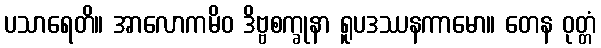
ပသာရေတိ။ အာလောကမိဝ ဒိဗ္ဗစက္ခုနာ ရူပဒဿနကာမော။ တေန ဝုတ္တံ